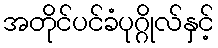
အတိုင်ပင်ခံပုဂ္ဂိုလ်နှင့်